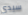
سيدي